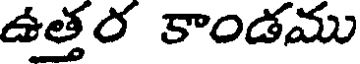
ఉత్తర కాండము